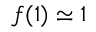
f ( 1 ) \simeq 1